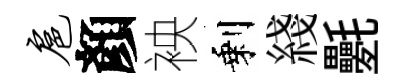
扈顏䘧剩綫氎